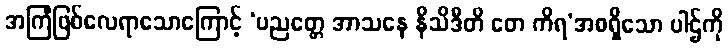
အကြံဖြစ်လေရာသောကြောင့် ‘ပညတ္တေ အာသနေ နိသိဒီတိ တေ ကိရ’အစရှိသော ပါဌ်ကို